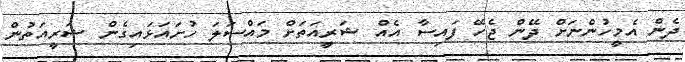
ދެން އެމީހުންނަށް ދޭން ޖެހޭ ފައިސާ އެއް ޝަރީއަތަށް މައްސަލަ ހުށައަޅައިގެން ޝަރީއަތުން